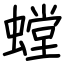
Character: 螳